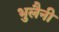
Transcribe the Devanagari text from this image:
भुलैनी